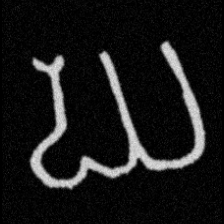
Pyu character \u2014 Myanmar letter: ဃ (romanized: gha)